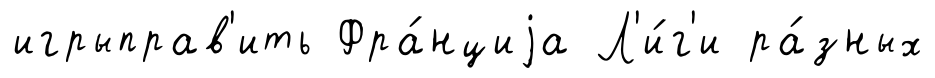
игрыправ'ить Фра́нциjа Л'и́г'и ра́зных